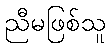
ညီမဖြစ်သူ